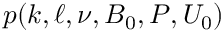
p ( k , \ell , \nu , B _ { 0 } , P , U _ { 0 } )